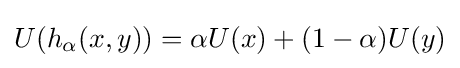
U(h_{\alpha }(x,y))=\alpha U(x)+(1-\alpha )U(y)